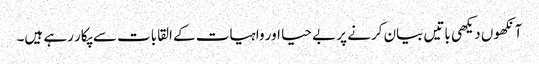
آنکھوں دیکھی باتیں بیان کرنے پر بے حیا اور واہیات کے القابات سے پکار رہے ہیں۔